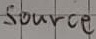
Text: Source